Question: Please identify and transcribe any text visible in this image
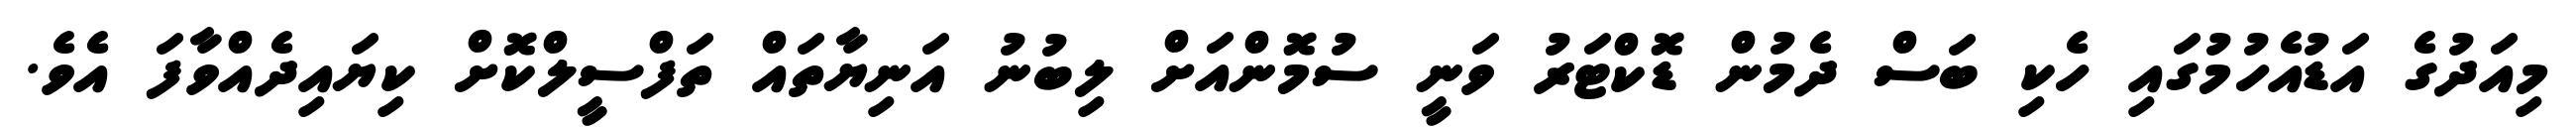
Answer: މިއަދުގެ އަޑުއެހުމުގައި ހެކި ބަސް ދެމުން ޑޮކްޓަރު ވަނީ ސުމޮންއަށް ލިބުނު އަނިޔާތައް ތަފްސީލްކޮށް ކިޔައިދެއްވާފަ އެވެ.